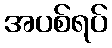
အပစ်ရပ်